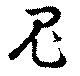
鬼